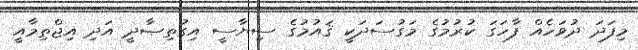
މިފަދަ ދުވަހެއް ފާހަގަ ކުރުމުގެ މަގުސަދަކީ ޤައުމުގެ ސިޔާސީ އިގުތިޞާދީ އަދި އިޖްތިމާއީ